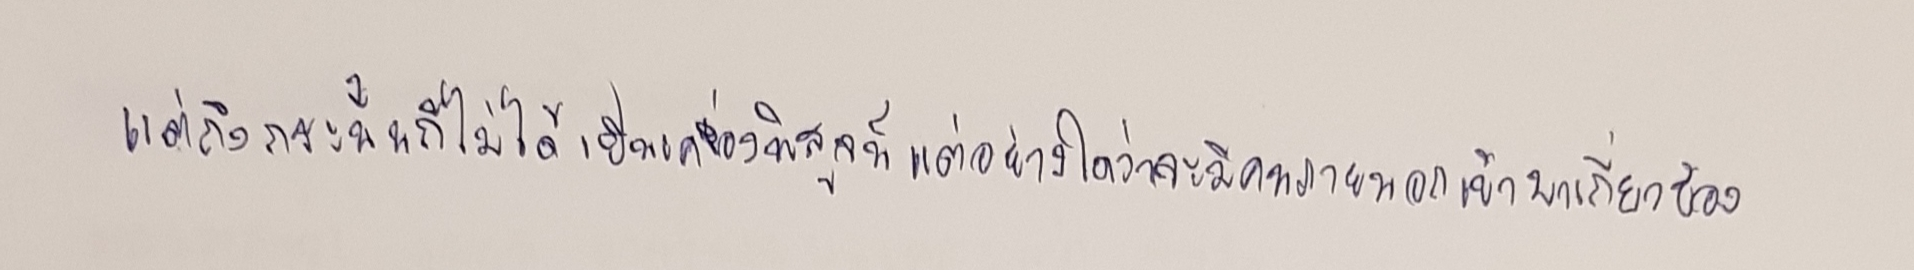
แต่ถึงกระนั้นก็ไม่ได้เป็นเครื่องพิสูจน์แต่อย่างใดว่าจะมีคนภายนอกเข้ามาเกี่ยวข้อง